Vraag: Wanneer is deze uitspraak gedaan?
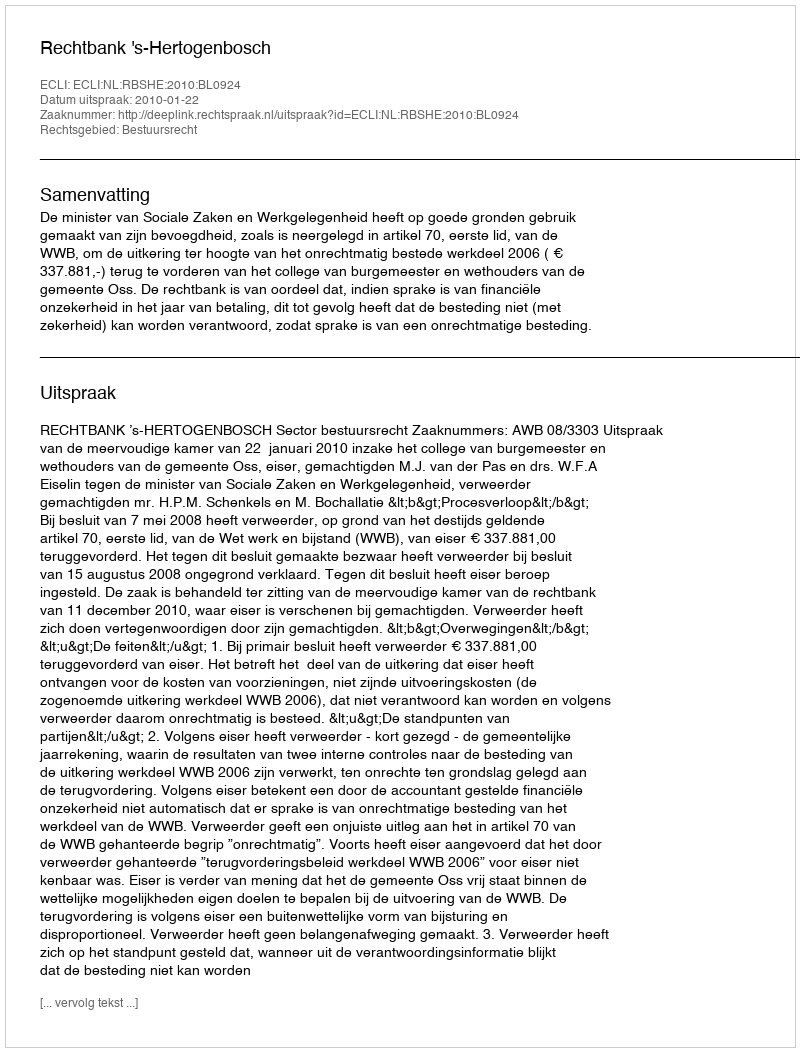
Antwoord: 2010-01-22